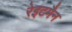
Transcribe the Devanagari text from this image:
रेइटमैन